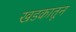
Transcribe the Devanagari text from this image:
खडकातून